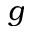
g